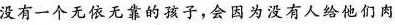
没有一个无依无靠的孩子，会因为没有人给他们肉